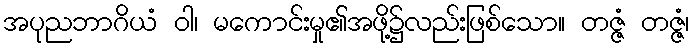
အပုညဘာဂိယံ ဝါ၊ မကောင်းမှု၏အဖို့၌လည်းဖြစ်သော။ တဇ္ဇံ တဇ္ဇံ၊